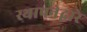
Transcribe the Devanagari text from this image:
स्थापनेद्वारे